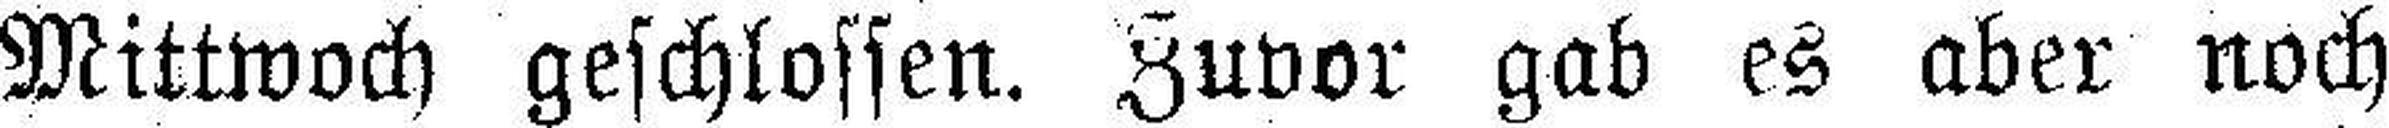
Mittwoch geschlossen. Zuvor gab es aber noch